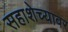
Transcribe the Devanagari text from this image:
सहाशेच्यावर